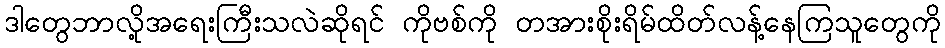
ဒါတွေဘာလို့အရေးကြီးသလဲဆိုရင် ကိုဗစ်ကို တအားစိုးရိမ်ထိတ်လန့်နေကြသူတွေကို